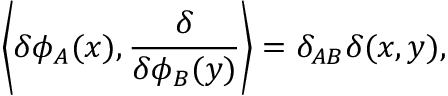
\left\langle \delta \phi _ { A } ( x ) , { \frac { \delta } { \delta \phi _ { B } ( y ) } } \right\rangle = \delta _ { A B } \delta ( x , y ) ,